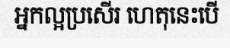
អ្នកល្អប្រសើរ ហេតុនេះបើ